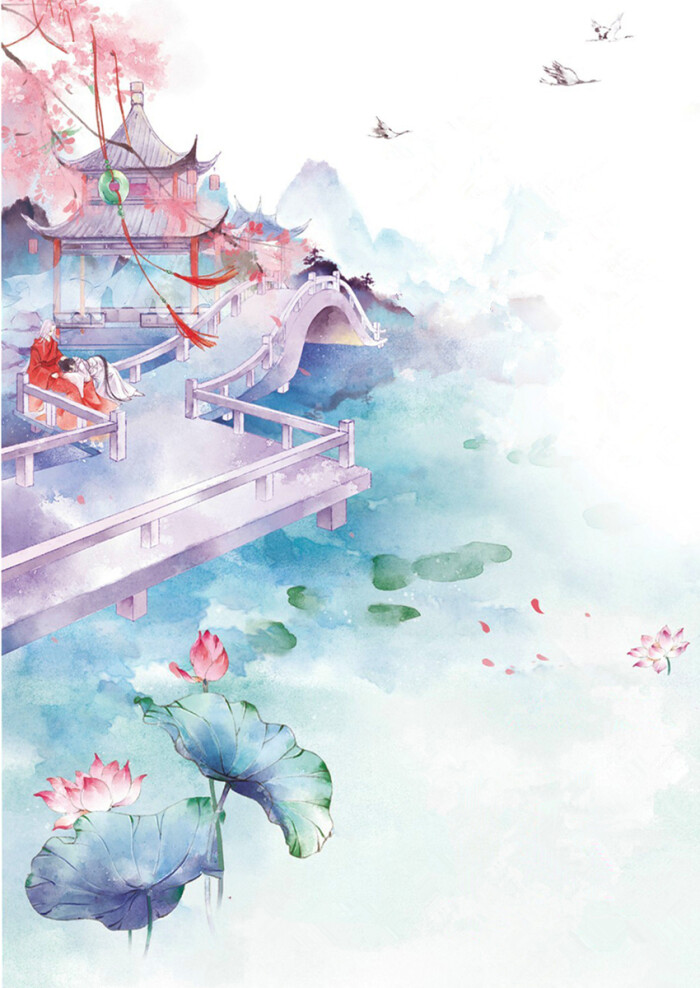
满目山河空念远，落花风雨更伤春。